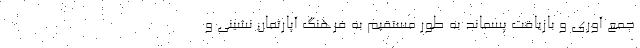
جمع آوری و بازیافت پسماند به طور مستقیم به فرهنگ آپارتمان نشینی و